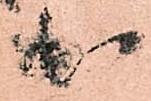
出